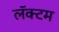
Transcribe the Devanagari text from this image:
लॅक्टम